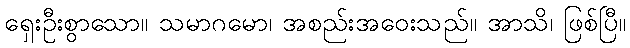
ရှေးဦးစွာသော။ သမာဂမော၊ အစည်းအဝေးသည်။ အာသိ၊ ဖြစ်ပြီ။